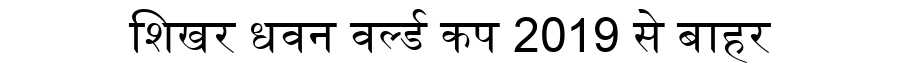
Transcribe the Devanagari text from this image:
शिखर धवन वर्ल्ड कप 2019 से बाहर